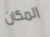
المكان